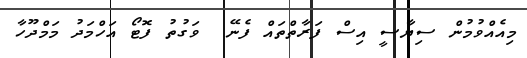
މިއެއްވުމުން ސިޔާސީ އިސް ފަރާތްތައް ފެނޭ  ވަގުތު ފޮޓޯ އަހްމަދު މަމްދޫހާ